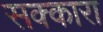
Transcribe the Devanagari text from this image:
सक्कारा